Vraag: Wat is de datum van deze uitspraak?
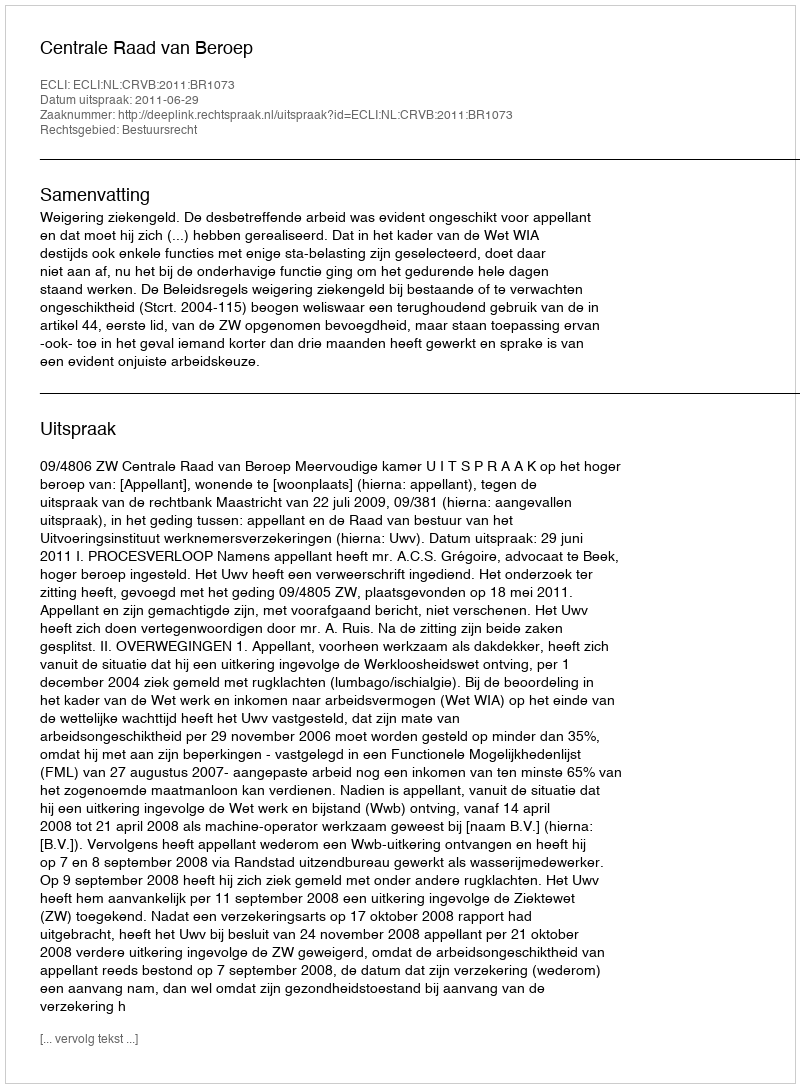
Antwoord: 2011-06-29